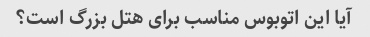
آیا این اتوبوس مناسب برای هتل بزرگ است؟